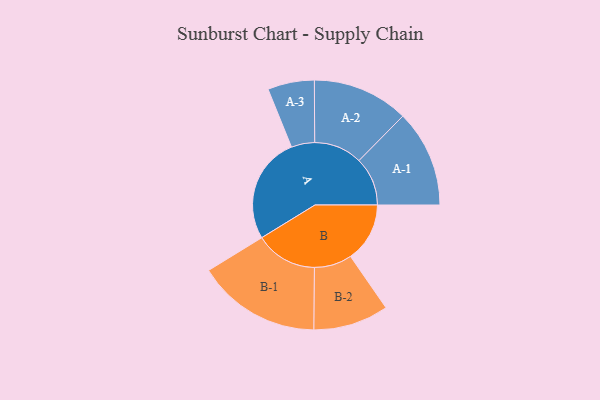
{"axis": {"x": "Segment", "y": "Value"}, "legend": ["", "A", "B"], "data": [{"x": "A", "y": 498, "type": ""}, {"x": "B", "y": 277, "type": ""}, {"x": "A-1", "y": 227, "type": "A"}, {"x": "A-2", "y": 225, "type": "A"}, {"x": "A-3", "y": 109, "type": "A"}, {"x": "B-1", "y": 290, "type": "B"}, {"x": "B-2", "y": 176, "type": "B"}]}